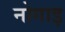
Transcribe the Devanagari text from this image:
नोगाइ